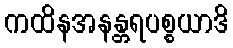
ကထိနအနန္တရပစ္စယာဒိ